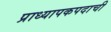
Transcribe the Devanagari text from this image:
प्राध्यापकपदाची